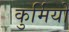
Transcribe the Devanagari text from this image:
कुर्मियों